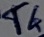
Text: T4